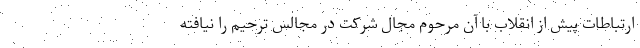
ارتباطات پیش از انقلاب با آن مرحوم مجال شرکت در مجالس ترحیم را نیافته